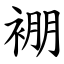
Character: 䙀